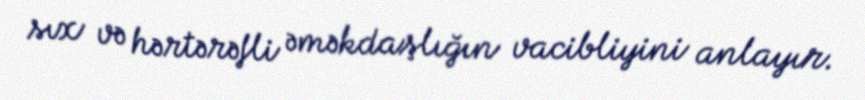
sıx və hərtərəfli əməkdaşlığın vacibliyini anlayır.